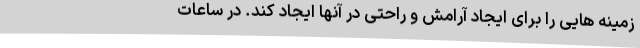
زمینه هایی را برای ایجاد آرامش و راحتی در آنها ایجاد کند. در ساعات